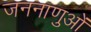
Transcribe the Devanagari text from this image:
जननाणुओं